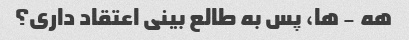
هه - ها، پس به طالع بینی اعتقاد داری؟